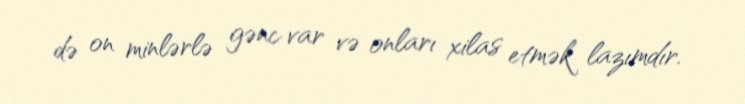
də on minlərlə gənc var və onları xilas etmək lazımdır.